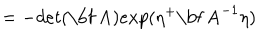
LaTeX: = - d e t ( \mathrm { \bf ~ A } ) e x p ( \eta ^ { + } \mathrm { \bf ~ A } ^ { - 1 } \eta )